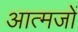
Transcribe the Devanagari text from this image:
आत्मजों